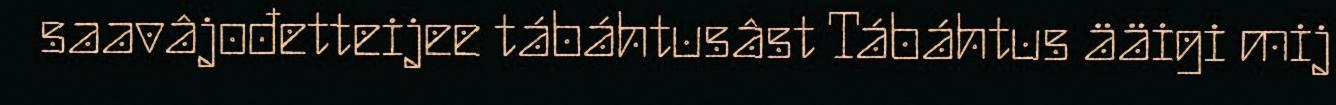
saavâjođetteijee tábáhtusâst Tábáhtus ääigi mij